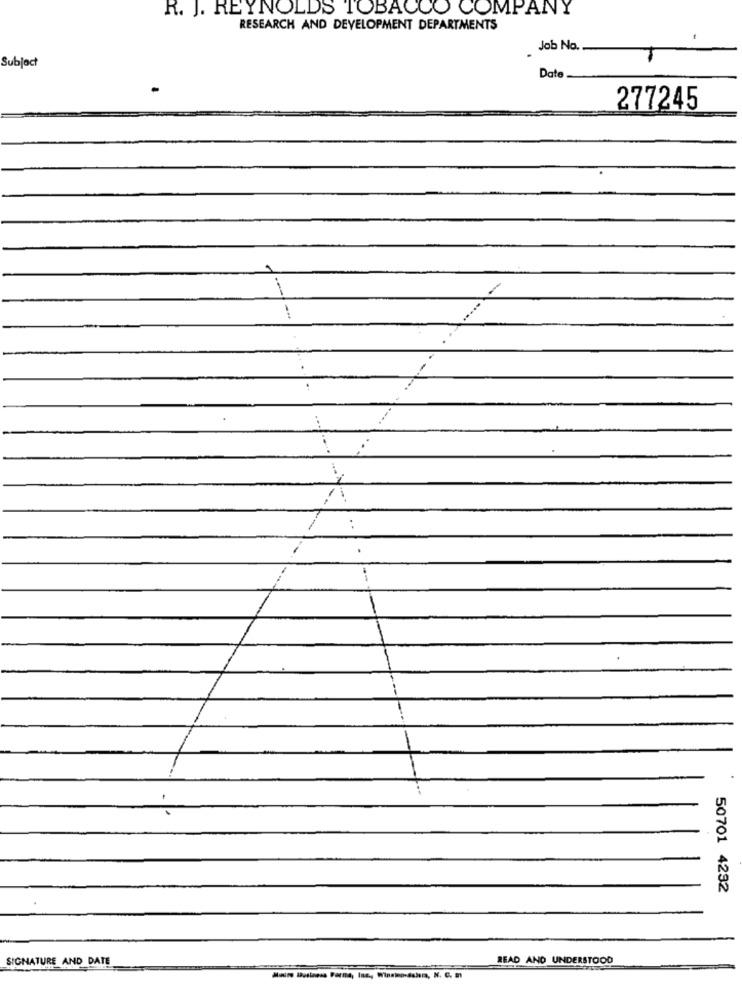
R. J. REYNOLDS TOBACCO COMPANY
RESEARCH AND DEVELOPMENT DEPARTMENTS
Job No.
Subject
Date
277245
50701 4232
SIGNATURE AND DATE
READ AND UNDERSTOOD